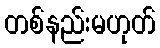
တစ်နည်းမဟုတ်